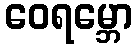
ဝေရမ္ဘော